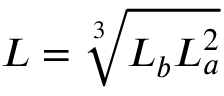
L = \sqrt [ 3 ] { L _ { b } L _ { a } ^ { 2 } }